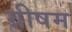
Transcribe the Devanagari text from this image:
ग्रीषम